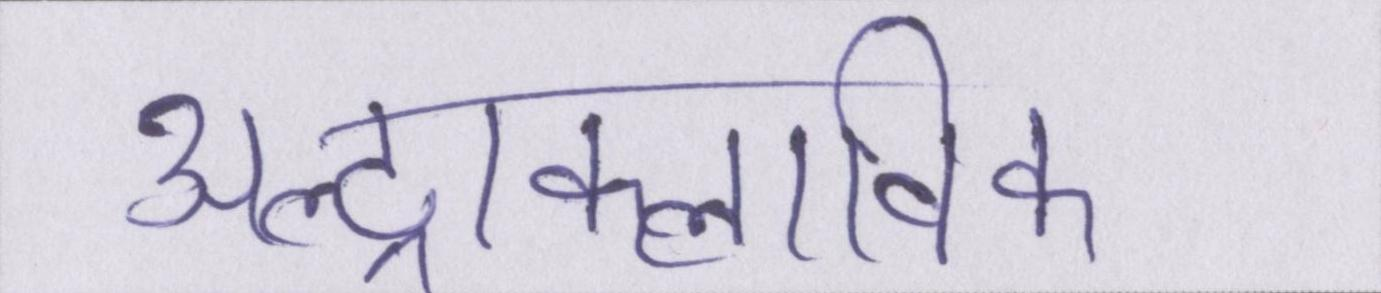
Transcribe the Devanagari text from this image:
अल्ट्राक्लाविक